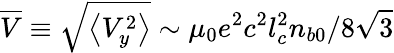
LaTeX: \overline{{V}}\equiv\sqrt{\left\langle V_{y}^{2}\right\rangle}\sim\mu_{0}e^{2}c^{2}l_{c}^{2}n_{b0}/8\sqrt{3}